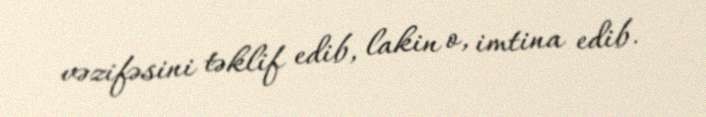
vəzifəsini təklif edib, lakin o, imtina edib.